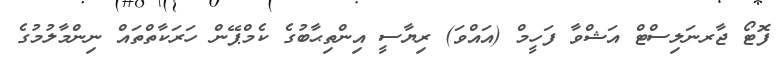
ފޮޓޯ ޖާރނަލިސްޓް އަޝްވާ ފަހީމް (އައްވަ) ރިޔާސީ އިންތިޙާބުގެ ކެމްޕޭން ހަރަކާތްތައް ނިންމާލުމުގެ